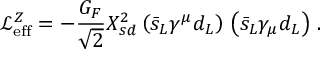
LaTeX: \mathcal { L } _ { \mathrm { e f f } } ^ { Z } = - \frac { G _ { F } } { \sqrt 2 } X _ { s d } ^ { 2 } \left( \bar { s } _ { L } \gamma ^ { \mu } d _ { L } \right) \, \left( \bar { s } _ { L } \gamma _ { \mu } d _ { L } \right) \, .